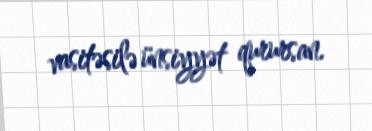
vasitəsilə ünsiyyət qurursan.